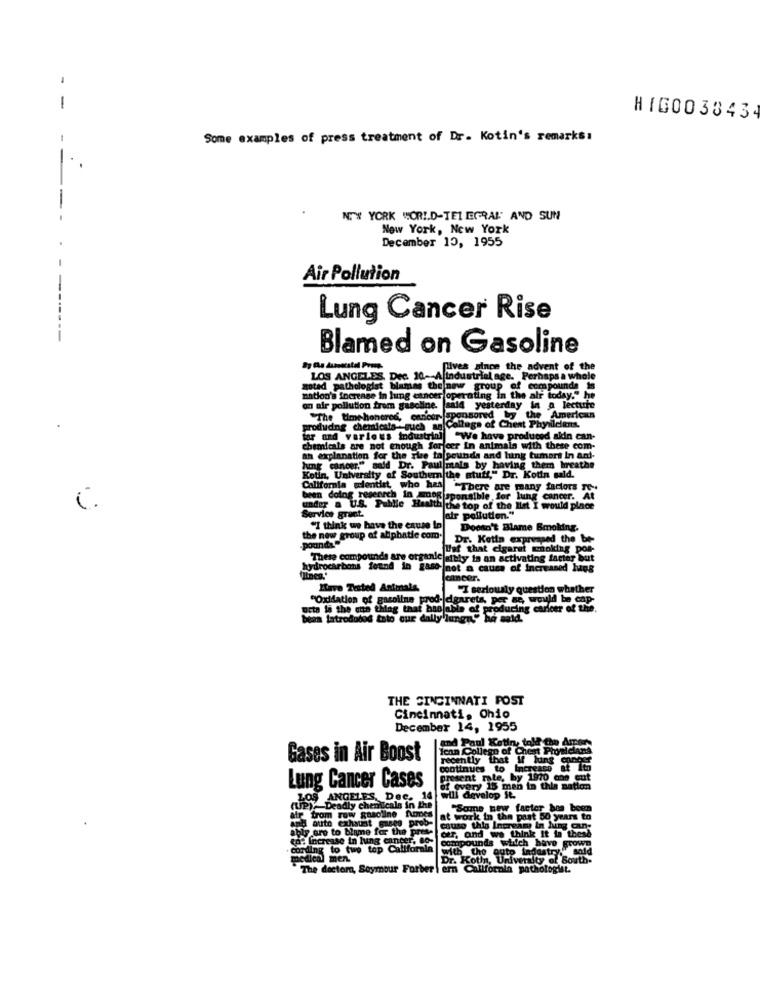
-
HIG003843
Some examples of press treatment of Dr. Kotin's remarks:
-
N.'W YORK WORLD-TELEGRAL' AND SUN
New York, New York
December 10, 1955
Air Pollution
---
Lung Cancer Rise
Blamed on Gasoline
Fives since the advent of the
LOS ANGELES. Dec. 10- A industrial age. Perhaps a whole
noted pathologist blames the new group of compounds Is
nation's increase In lung cancer operating in the air today." he
on air pollution from gasoline. sal
line. sald yesterday in a lecture
"The time honered, canco
sponsored by the American
a Collage of Chest Phyilciens.
tar and varlees industrinl "We have produced akin can-
chemicals are not enough for cer In animals with these com-
ah explanation for the The ta pounds and hung tumort In ani-
lung cancer." said Dr. Paul mals by having them breathe
Kotin, University of Southern the stuff," Dr. Kotin sald.
ntlet, who has "There are many factors re-
been doing research in mos sponsible for lung cancer. At
under a U.S. Public Health the top of the Ilet I would place
Service grant.
air pollution."
"I think we have the cause in
Doesn't Blame Smoking,
the new group of aliphatic com.
pounds
Dr. Kotin expressed the be-
Uof that cigaret choking por-
Gably is an activating factor but
linea."
hydrocarbons found in gaso not a cause of Increased hugs
cancer.
Have Tested Animals
"I seriously question whether
"Oxidation of gasoline prod-|cigarets, per se, would be cap-
octa le the one thing that hasjable of producing caricer of the.
oducing caricer of the.
a latrododod toto our dally jungn" he said.
THE CINCINNATI POST
Cincinnati, Ohio
December 14, 1955
and Paul Ketin, told the Arpers
Ican College of Chest Physicians
Gases in Air Boost
recently that If huins conds
Lung Cancer Cases
present rate, by 1970 cos cut
1970 and cut
of every 15 men in this nation
LOS ANGELES, Dec. 14
will develop It.
-Deadly chemicals in the
"Some new factor hos been
Jom row gasoline fumes
at work in the past 50 years to
and auto exhaust gases prob-
ably oro to blame for the pres-
cause thig Inerens
der, and we think it in thesh
co: Increase in lung cancer, 80- compounds which have grown
cording to two top Califorala
with the auto industr
medien) men
Dr. Koth, University of South-
The doctors, Seymour Farber
ern
ern California pathologist.